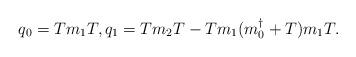
LaTeX: \begin{align*}q_0&=Tm_1T,q_1=Tm_2T-Tm_1(m_0^\dagger +T)m_1T.\end{align*}